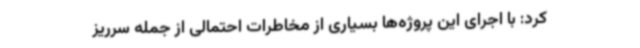
کرد: با اجرای این پروژه‌ها بسیاری از مخاطرات احتمالی از جمله سرریز